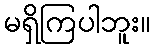
မရှိကြပါဘူး။